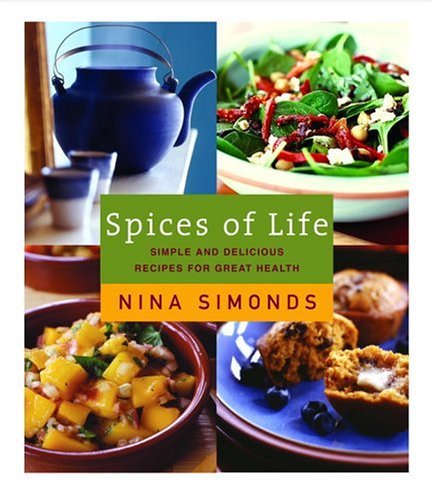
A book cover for Spices of Life: Simple and Delicious Recipes for Great Health; Nina Simonds; Cookbooks, Food & Wine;